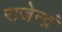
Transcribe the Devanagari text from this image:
राजेन्द्रं